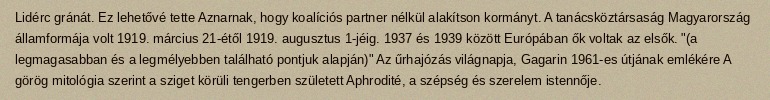
Lidérc gránát. Ez lehetővé tette Aznarnak, hogy koalíciós partner nélkül alakítson kormányt. A tanácsköztársaság Magyarország államformája volt 1919. március 21-étől 1919. augusztus 1-jéig. 1937 és 1939 között Európában ők voltak az elsők. "(a legmagasabban és a legmélyebben található pontjuk alapján)" Az űrhajózás világnapja, Gagarin 1961-es útjának emlékére A görög mitológia szerint a sziget körüli tengerben született Aphrodité, a szépség és szerelem istennője.